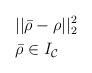
LaTeX: \begin{align*}& \ \ ||\bar{\mathbf{\rho}}- \mathbf{\rho}||^2_2 \\& \ \ \bar{\mathbf{\rho}} \in I_\mathcal{C}\end{align*}